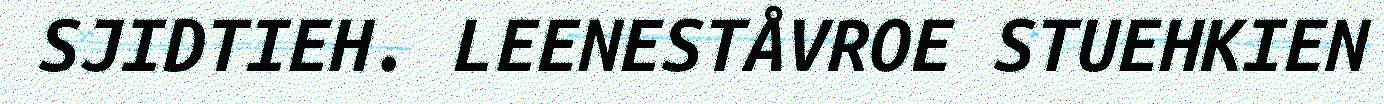
SJIDTIEH. LEENESTÅVROE STUEHKIEN